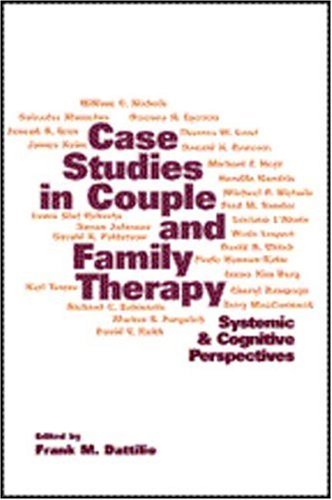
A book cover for Case Studies in Couple and Family Therapy: Systemic and Cognitive Perspectives (Guilford Family Therapy); Christian Books & Bibles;